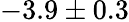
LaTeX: -3.9\pm 0.3